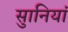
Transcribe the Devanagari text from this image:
सुानियां